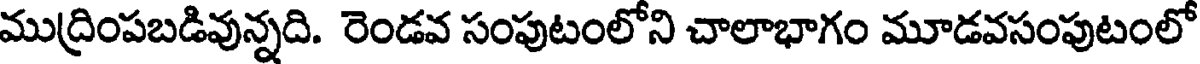
ముద్రింపబడివున్నది. రెండవ సంపుటంలోని చాలాభాగం మూడవసంపుటంలో